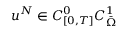
u ^ { N } \in C _ { [ 0 , T ] } ^ { 0 } C _ { \Bar { \Omega } } ^ { 1 }